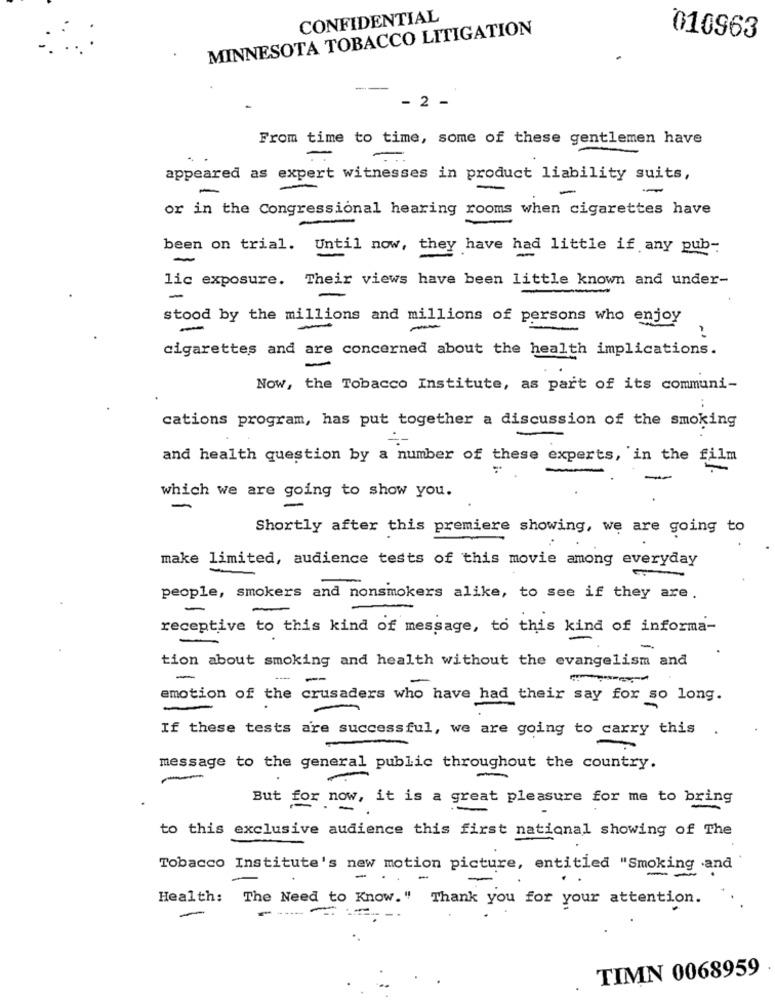
CONFIDENTIAL
MINNESOTA TOBACCO LITIGATION
010963
---
- 2 -
From time to time, some of these gentlemen have
appeared as expert witnesses in product liability suits,
-
-
or in the Congressional hearing rooms when cigarettes have
been on trial. Until now, they have had little if any pub-
lic exposure. Their views have been little known and under-
-
stood by the millions and millions of persons who enjoy
-
-
cigarettes and are concerned about the health implications.
Now, the Tobacco Institute, as part of its communi-
cations program, has put together a discussion of the smoking
and health question by a number of these experts, in the film
-
which we are going to show you.
-
Shortly after this premiere showing, we are going to
make limited, audience tests of this movie among everyday
people, smokers and nonsmokers alike, to see if they are.
-
receptive to this kind of message, to this kind of informa-
tion about smoking and health without the evangelism and
-
--
emotion of the crusaders who have had their say for so long.
If these tests are successful, we are going to carry this
message to the general public throughout the country.
-
now, it is a great pleasure for me to bring
But for now
to this exclusive audience this first national showing of The
Tobacco Institute's new motion picture, entitled "Smoking .and
Health: The Need to Know." Thank you for your attention ..
TIMN 0068959